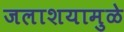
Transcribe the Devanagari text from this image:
जलाशयामुळे